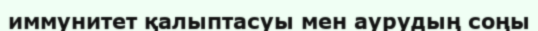
иммунитет қалыптасуы мен аурудың соңы